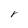
Character: r